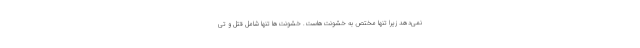
نمی‌دهد زیرا تنها مختص به خشونت‌هاست. خشونت‌ها تنها شامل قتل و تی